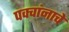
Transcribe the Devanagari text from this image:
पक्वांनाचे